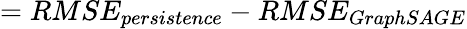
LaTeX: =RMSE_{persistence}-RMSE_{GraphSAGE}